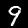
Label: 9